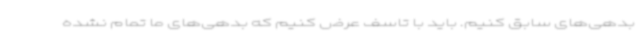
بدهی‌های سابق کنیم. باید با تاسف عرض کنیم که بدهی‌های ما تمام نشده